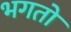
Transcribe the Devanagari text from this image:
भगतो